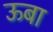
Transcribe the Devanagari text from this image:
ऊबा